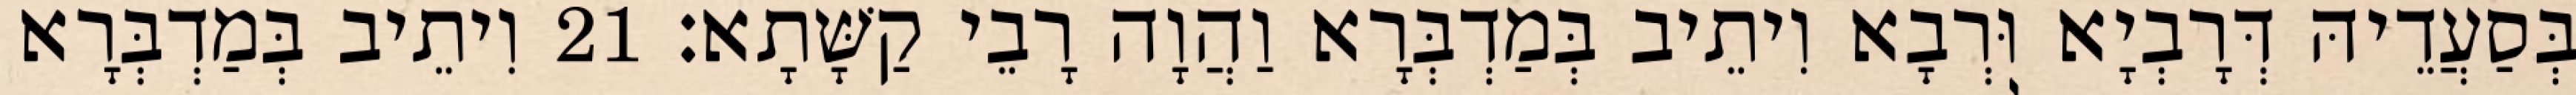
בְּסַעֲדֵיהּ דְּרָבְיָא וּרְבָא וִיתֵיב בְּמַדְבְּרָא וַהֲוָה רָבֵי קַשָּׁתָא׃ 21 וִיתֵיב בְּמַדְבְּרָא